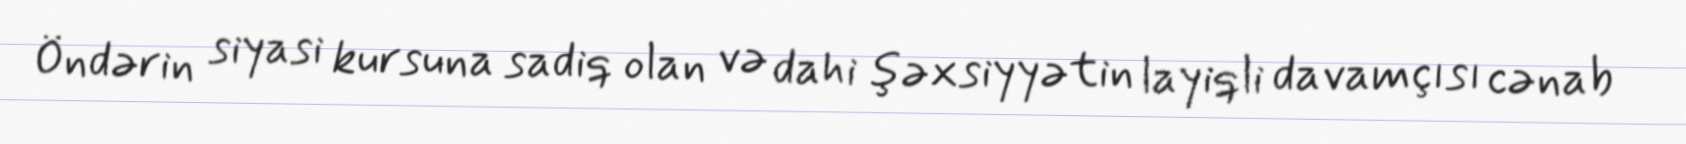
Öndərin siyasi kursuna sadiq olan və dahi şəxsiyyətin layiqli davamçısı cənab